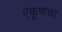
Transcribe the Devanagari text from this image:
एकूणचा